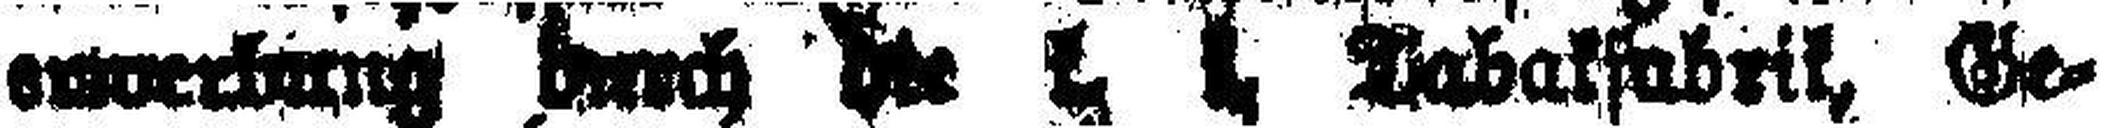
###ung ###ch die k. k. Tabakfabrik, Ge¬